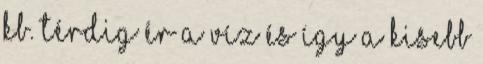
kb. térdig ér a víz és így a kisebb